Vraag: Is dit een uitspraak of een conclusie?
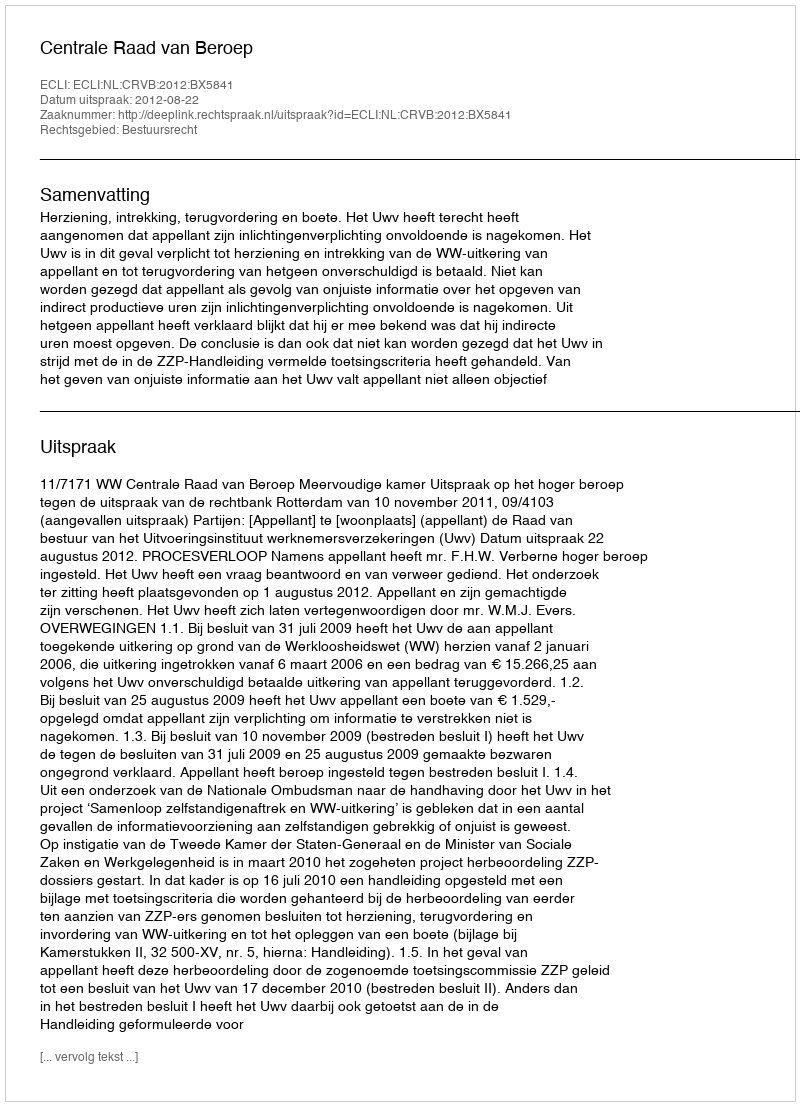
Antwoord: Uitspraak